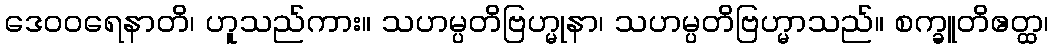
ဒေဝဝရေနာတိ၊ ဟူသည်ကား။ သဟမ္ပတိဗြဟ္မုနာ၊ သဟမ္ပတိဗြဟ္မာသည်။ စက္ခူတိဧတ္ထ၊